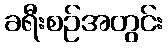
ခရီးစဉ်အတွင်း